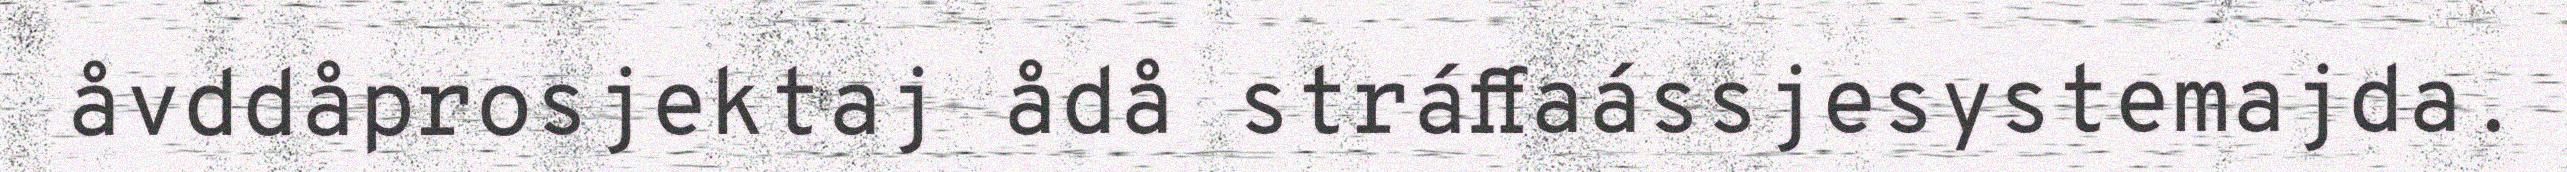
åvddåprosjektaj ådå stráffaássjesystemajda.